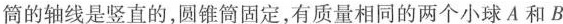
筒的轴线是竖直的，圆锥筒固定，有质量相同的两个小球A和B